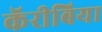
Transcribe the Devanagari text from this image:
कॅरीबिया